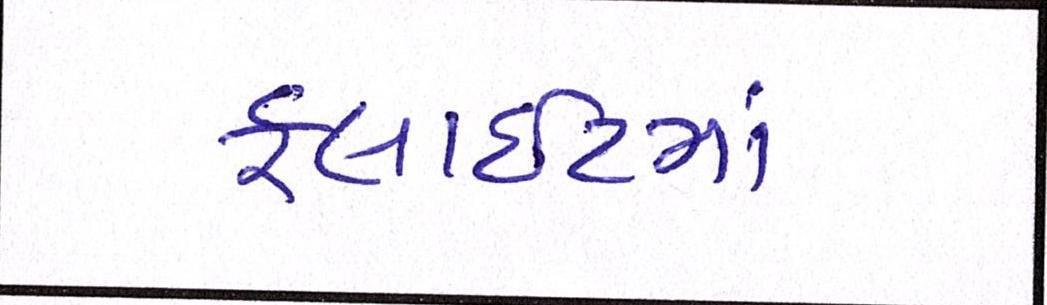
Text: ફ્લાઈટમાં